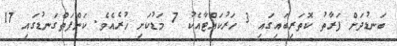
ބަނޑުދަށް ފަރާތު ކޮތަރިބައިގައި 3 ހަރުކައްޓާއެކު 7 މަޑުކަށި ހުރެއެވެ. ކަންފަތްގަނޑުގައި 17